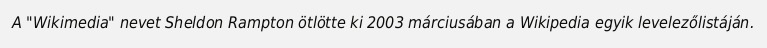
A "Wikimedia" nevet Sheldon Rampton ötlötte ki 2003 márciusában a Wikipedia egyik levelezőlistáján.